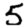
Digit: 5